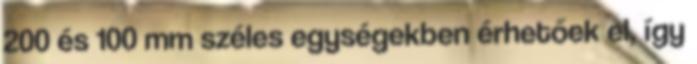
200 és 100 mm széles egységekben érhetőek el, így